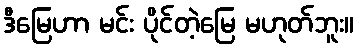
ဒီမြေဟာ မင်း ပိုင်တဲ့မြေ မဟုတ်ဘူး။